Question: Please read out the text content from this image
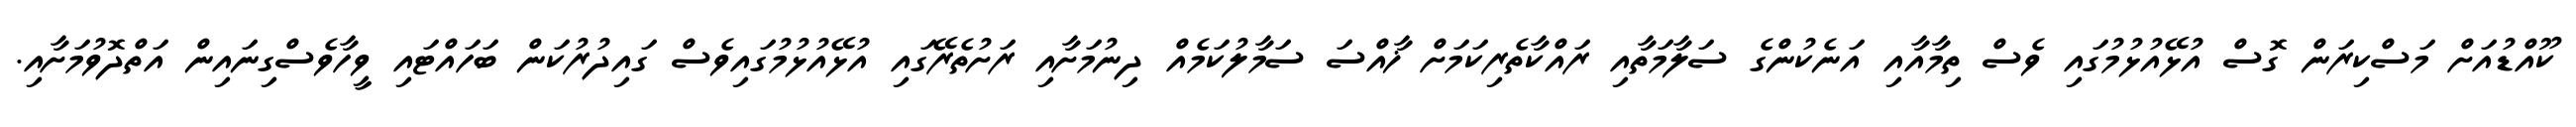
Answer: ކޫއްޑުއަށް މަސްކިރަން ގޮސް އުޅޭއުޅުމުގައި ވެސް ތިމާއާއި އަނެކުންގެ ސަލާމަތާއި ރައްކާތެރިކަމަށް ޚާއްސަ ސަމާލުކަމެއް ދިނުމަށާއި ރަށުތެރޭގައި އުޅޭއުޅުމުގައިވެސް ގައިދުރުކަން ބަހައްޓައި ވީހާވެސްގިނައިން އަތްދޮވުމަށާއި.